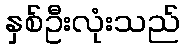
နှစ်ဦးလုံးသည်